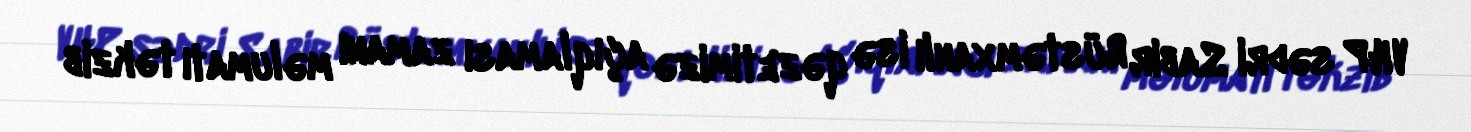
VHP sədri Sabir Rüstəmxanlı isə qəzetimizə açıqlaması zamanı məlumatı təkzib